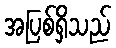
အပြစ်ရှိသည်